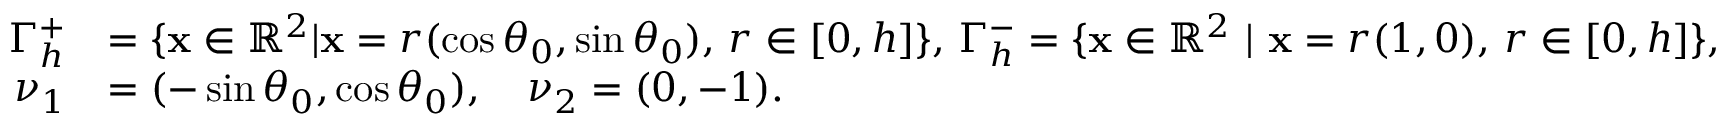
\begin{array} { r l } { \Gamma _ { h } ^ { + } } & { = \{ \mathbf x \in \mathbb R ^ { 2 } | \mathbf x = r ( \cos { \theta _ { 0 } } , \sin { \theta _ { 0 } } ) , \, r \in [ 0 , h ] \} , \, \Gamma _ { h } ^ { - } = \{ \mathbf x \in \mathbb R ^ { 2 } ~ | ~ \mathbf x = r ( 1 , 0 ) , \, r \in [ 0 , h ] \} , } \\ { { \nu _ { 1 } } } & { = ( - \sin { \theta _ { 0 } } , \cos { \theta _ { 0 } } ) , \quad { \nu _ { 2 } } = ( 0 , - 1 ) . } \end{array}